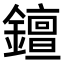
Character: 𨭖